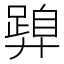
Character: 𭚝